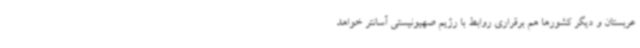
عربستان و دیگر کشورها هم برقراری روابط با رژیم صهیونیستی آسانتر خواهد